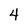
Character: 4